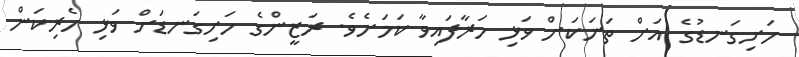
ހަށިގަނޑުގެ އަށް ތަނަކަށް ވަޅި ހަރާފައިވާ ކަމަށެވެ. ރަޒީންގެ ހަށިގަނޑަށް ވަޅި ހެރިކަން